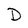
Character: D